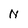
Character: N